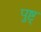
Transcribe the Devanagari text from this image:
पुष्ट्